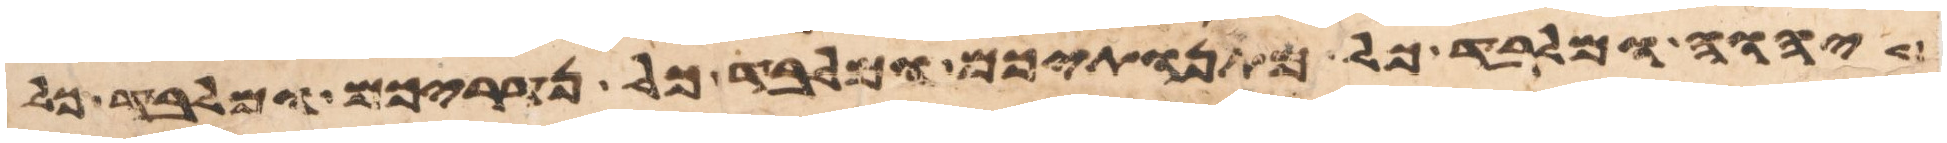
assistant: יהוה ומלבד כל מתנתיכם ומלבד כל נדריכם ומלבד כל